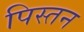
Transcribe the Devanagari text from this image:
पिस्तन